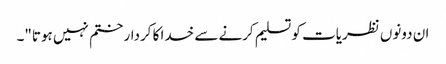
ان دونوں نظریات کو تسلیم کرنے سے خدا کا کردار ختم نہیں ہوتا"۔